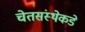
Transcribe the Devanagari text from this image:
चेतसंस्थेकडे